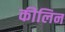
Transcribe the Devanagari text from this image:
कीलिन